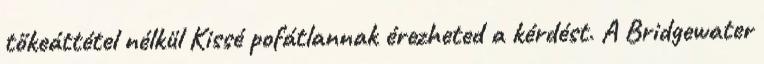
tőkeáttétel nélkül Kissé pofátlannak érezheted a kérdést. A Bridgewater